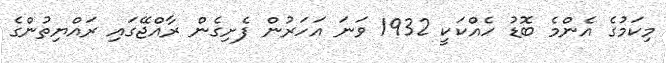
މިކަމުގެ އެންމެ ބޮޑު ހެއްކަކީ 1932 ވަނަ އަހަރުން ފެށިގެން ރާއްޖޭގައި ރައްޔިތުންގެ